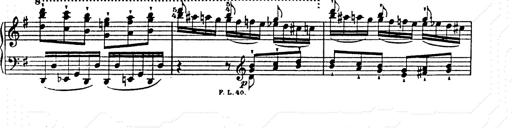
Title: Ab irato
Composer: Franz Liszt